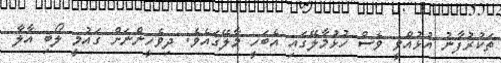
ތަކުރުފާނު އުޅުއްވީ ވެސް ހުޅުމާލޭގައި އެބަހީ މާލޭގައެވެ. ދިވެހީންނަށް ގައުމީ ލޯބި އާލާ